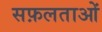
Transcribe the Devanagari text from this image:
सफ़लताओं